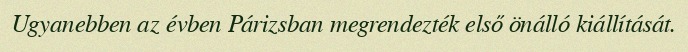
Ugyanebben az évben Párizsban megrendezték első önálló kiállítását.